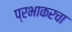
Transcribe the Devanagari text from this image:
प्रभाकरचा